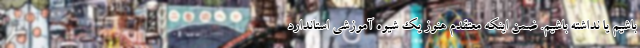
باشیم یا نداشته باشیم. ضمن اینکه معتقدم هنوز یک شیوه آموزشی استاندارد